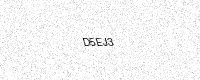
Text: D5EJ3